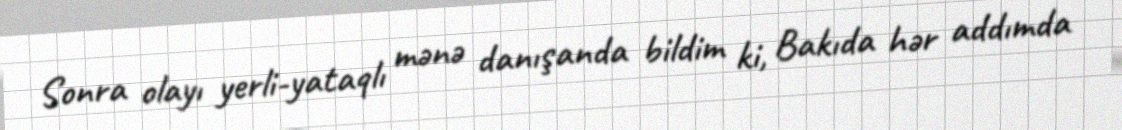
Sonra olayı yerli-yataqlı mənə danışanda bildim ki, Bakıda hər addımda